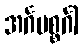
အင်္ဂပစ္စင်္ဂါ